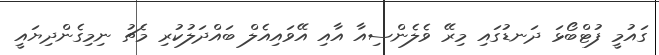
ގައުމީ ފުޓްބޯޅަ ދަނޑުގައި މިރޭ ވެލެންސިއާ އާއި އޭވައިއެލް ބައްދަލުކުރި މެޗު ނިމިގެންދިޔައީ